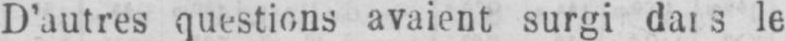
le